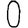
Digit: 0